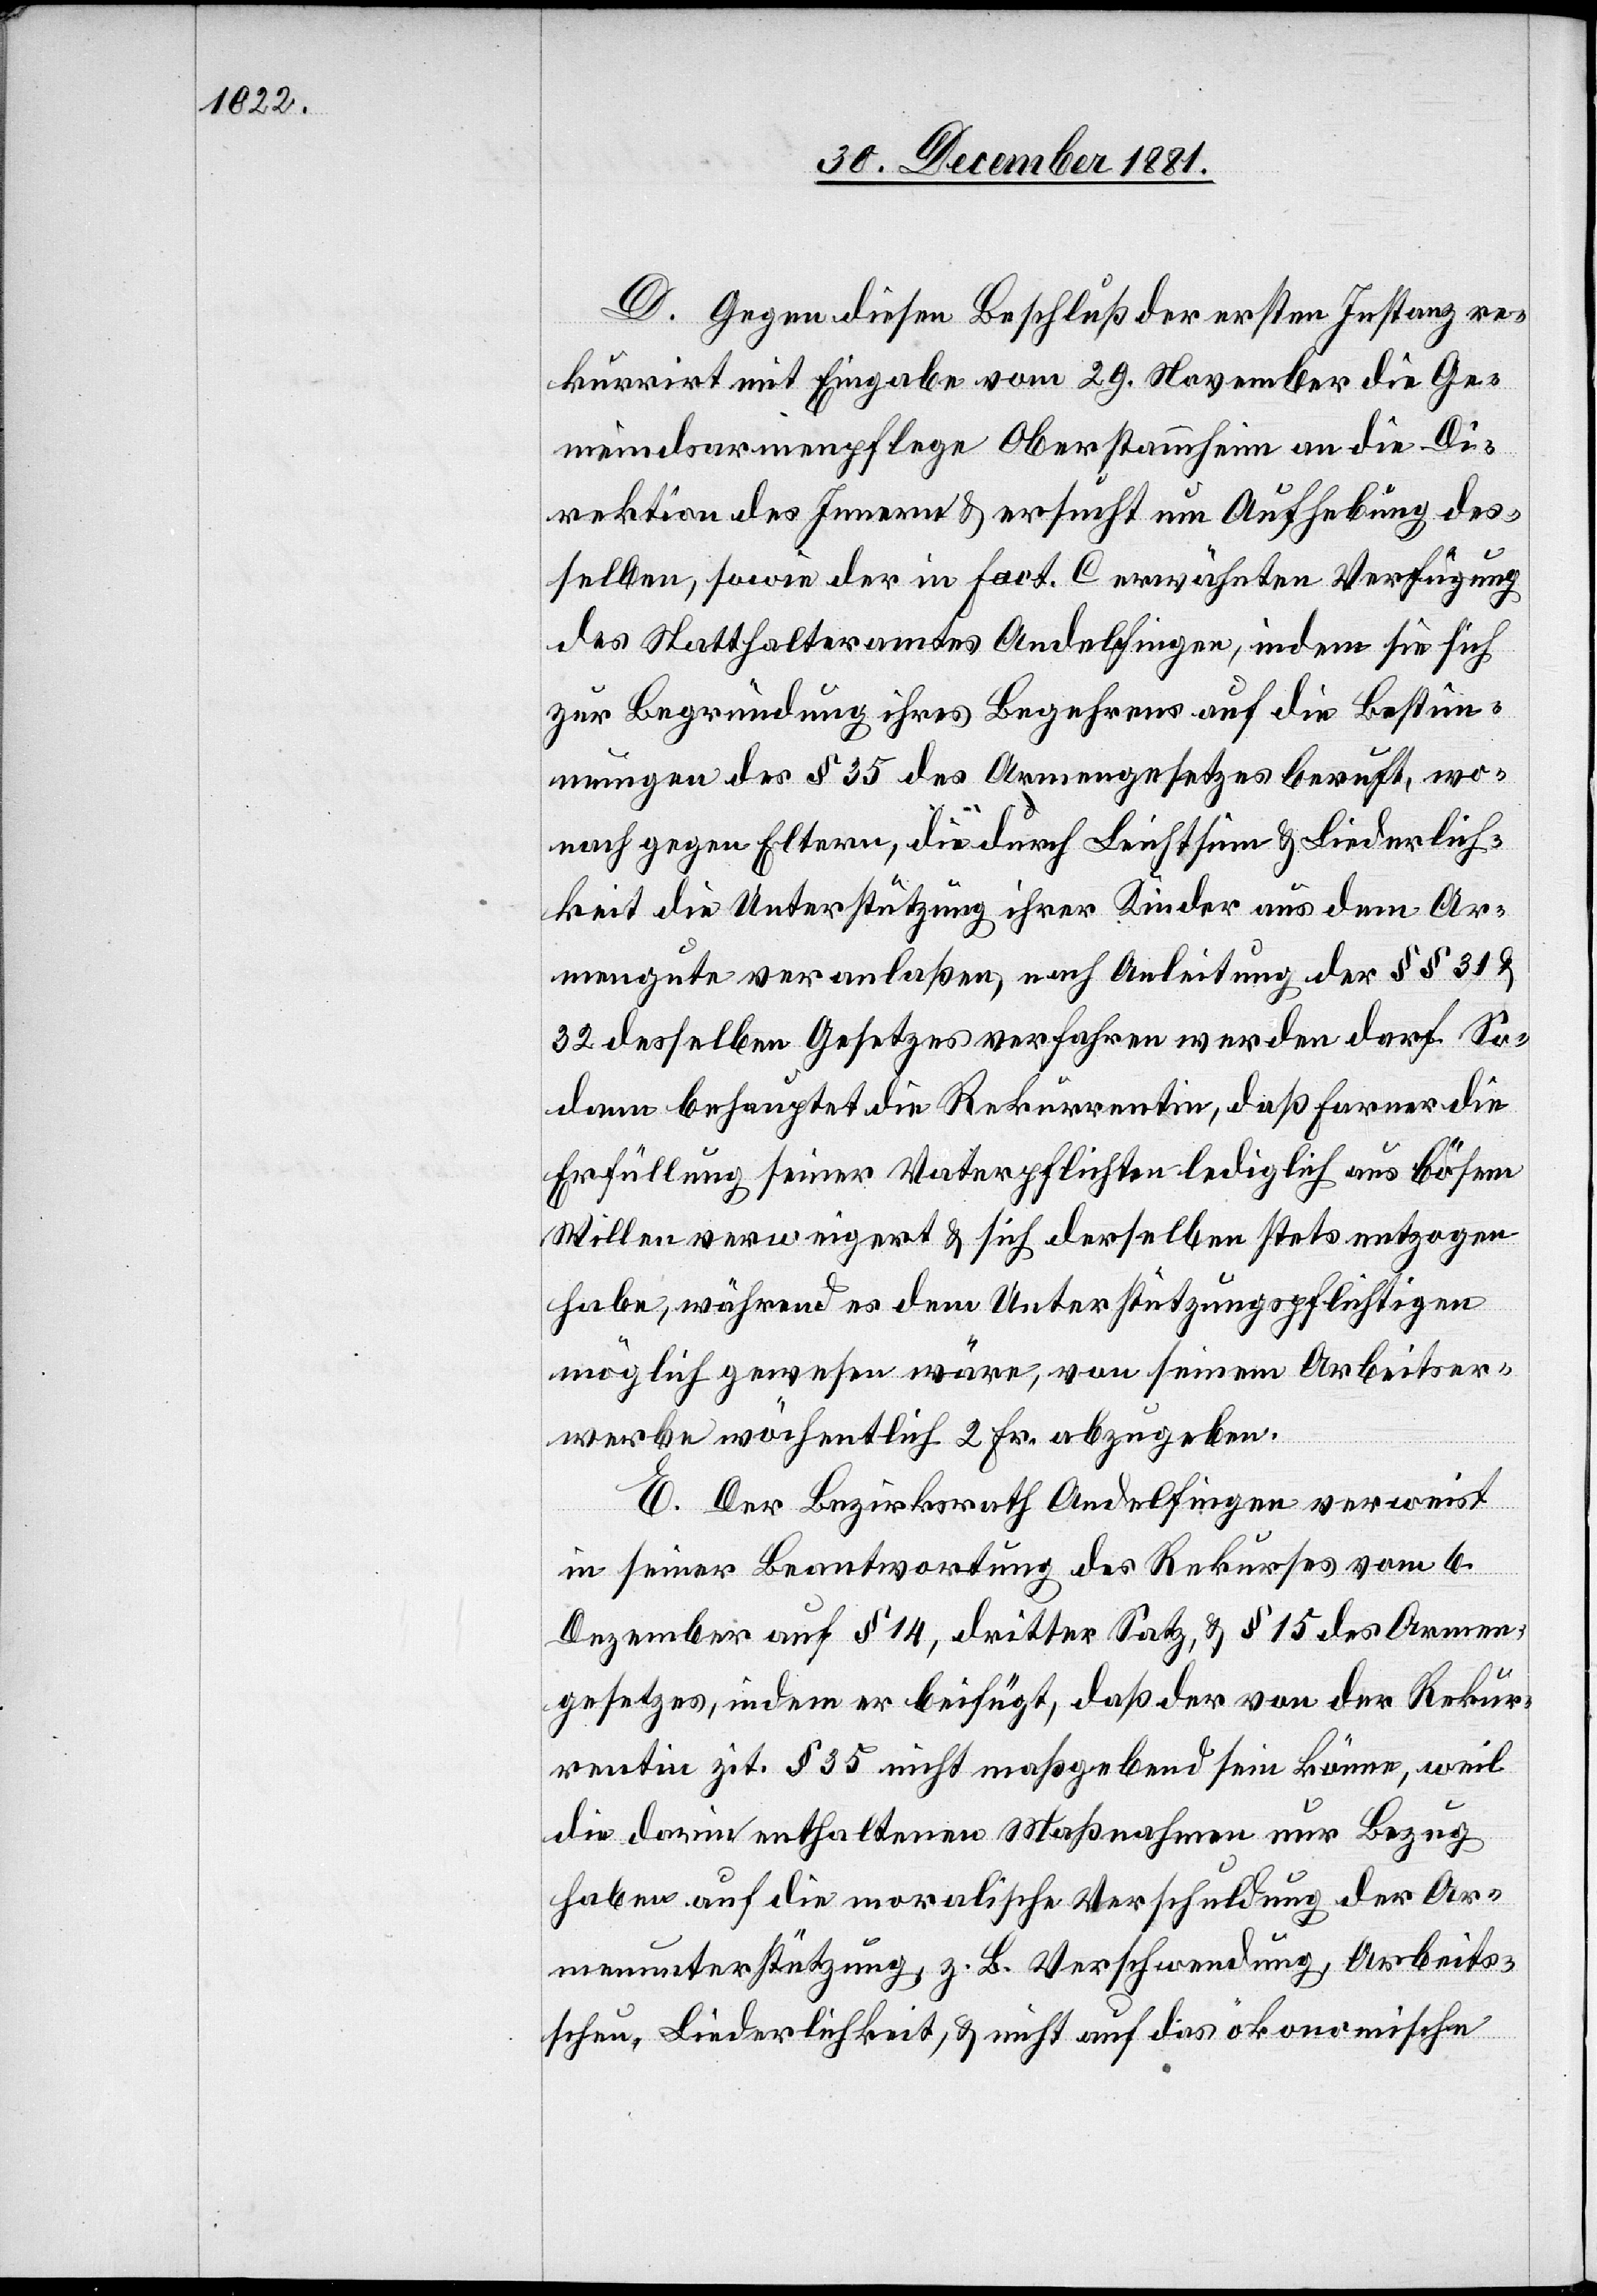
D. Gegen diesen Beschluß der ersten Instanz re¬
kurrirt mit Eingabe vom 29. November die Ge¬
meindsarmenpflege Oberstammheim an die Di¬
rektion des Innern & ersucht um Aufhebung des¬
selben, sowie der in Fact. C erwähnten Verfügung
des Statthalteramtes Andelfingen, indem sie sich
zur Begründung ihres Begehrens auf die Bestim¬
mungen des § 35 des Armengesetzes beruft, wo¬
nach gegen Eltern, die durch Leichtsinn & Liederlich¬
keit die Unterstützung ihrer Kinder aus dem Ar¬
mengute veranlaßen, nach Anleitung der §§ 31 &
32 desselben Gesetzes verfahren werden darf. So¬
dann behauptet die Rekurrentin, daß Farner die
Erfüllung seiner Vaterpflichten lediglich aus bösem
Willen verweigert & sich derselben stets entzogen
habe, während es dem Unterstützungspflichtigen
möglich gewesen wäre, von seinem Arbeitser¬
werbe wöchentlich 2 Fr. abzugeben.
E. Der Bezirksrath Andelfingen verweist
in seiner Beantwortung des Rekurses vom 6.
Dezember auf § 14, dritter Satz, & § 15 des Armen¬
gesetzes, indem er beifügt, daß der von der Rekur¬
rentin zit. § 35 nicht maßgebend sein könne, weil
die darin enthaltenen Maßnahmen nur Bezug
haben auf die moralische Verschuldung der Ar¬
menunterstützung, z. B. Verschwendung, Arbeits¬
scheu, Liederlichkeit, & nicht auf das ökonomische